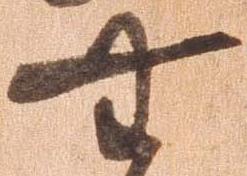
無